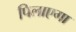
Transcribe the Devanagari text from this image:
पिलाएगा